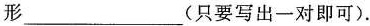
形___(只要写出一对即可)。